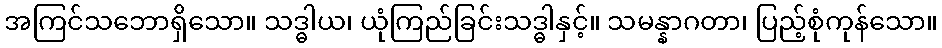
အကြင်သဘောရှိသော။ သဒ္ဓါယ၊ ယုံကြည်ခြင်းသဒ္ဓါနှင့်။ သမန္နာဂတာ၊ ပြည့်စုံကုန်သော။